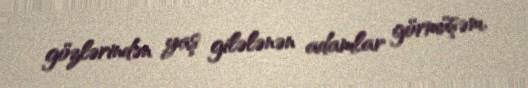
gözlərindən yaş gilələnən adamlar görmüşəm.